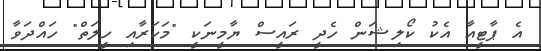
އެ ޕާޓީއާ އެކު ކޯލިޝަން ހެދީ ރައީސް ޔާމީނަކީ "މަކަރާއި ހީލަތް" ހައްދަވާ